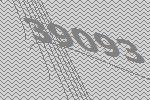
39093